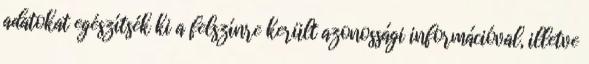
adatokat egészítsék ki a felszínre került azonossági információval, illetve